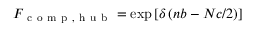
F _ { \mathrm { ~ c ~ o ~ m ~ p ~ } , \mathrm { ~ h ~ u ~ b ~ } } = \exp \left[ \delta \left( n b - N c / 2 \right) \right]